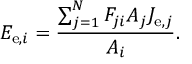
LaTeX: E _ { \mathrm { e } , i } = { \frac { \sum _ { j = 1 } ^ { N } F _ { j i } A _ { j } J _ { \mathrm { e } , j } } { A _ { i } } } .